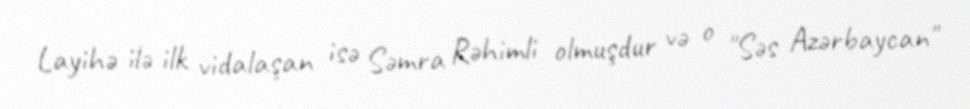
Layihə ilə ilk vidalaşan isə Səmra Rəhimli olmuşdur və o "Səs Azərbaycan"